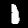
Label: 1